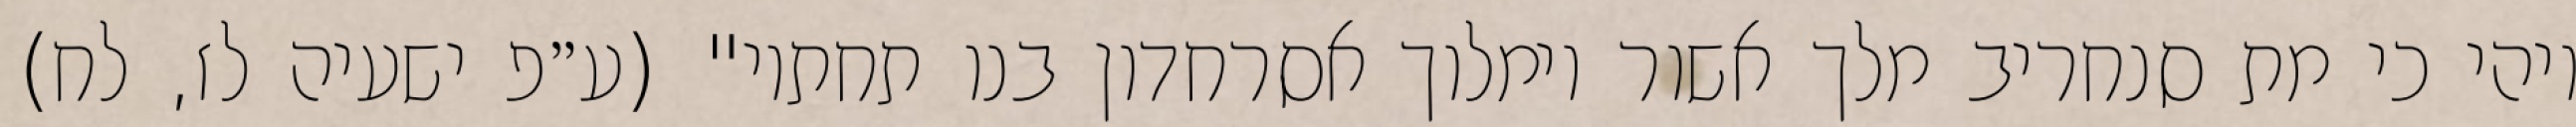
ויהי כי מת סנחריב מלך אשור וימלוך אסרחדון בנו תחתיו" (ע״פ ישעיה לז, לח)